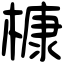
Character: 槺